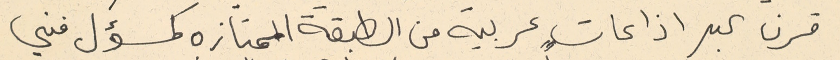
قرن عبر اذاعاتٍ عربية من الطبقة الممتازة كمسؤل فني